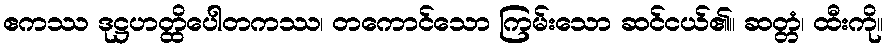
ဧကဿ ဒုဋ္ဌဟတ္ထိပေါတကဿ၊ တကောင်သော ကြမ်းသော ဆင်ငယ်၏။ ဆတ္တံ၊ ထီးကို။